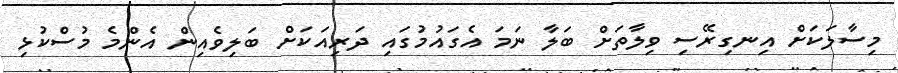
މިސާލަކަށް އިނގިރޭސި ވިލާތަށް ބަލާ ނަމަ އެގައުމުގައި ދަރިއަކަށް ބަލިވެއިން އެންމެ މުސްކުޅި